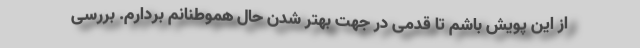
از این پویش باشم تا قدمی در جهت بهتر شدن حال هموطنانم بردارم. بررسی